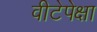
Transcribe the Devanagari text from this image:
वीटेपेक्षा